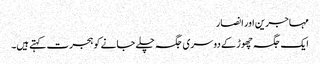
مہاجرین اور انصار
ایک جگہ چھوڑ کے دوسری جگہ چلے جانے کو ہجرت کہتے ہیں۔